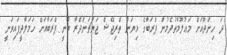
ދަ ހިންދޫއަށް މަޢުލޫމާތުދެމުން ޕްރަބާގެ ޅިޔަނު ތްރިޖޭޝް ޖަޔާޗަންދްރާ ބުނީ ޕްރަބާއަށް ހަމަލާދީފައިވަނީ